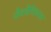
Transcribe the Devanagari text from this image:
जैववैविध्यात